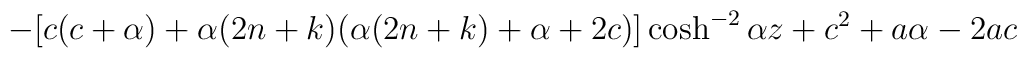
- [c(c+\alpha) + \alpha (2n+k)(\alpha (2n+k) + \alpha +2c)] \cosh ^{-2}{\alpha z}+ c^2 + a \alpha - 2ac